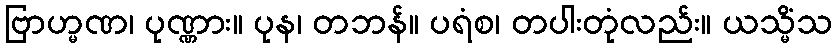
ဗြာဟ္မဏ၊ ပုဏ္ဏား။ ပုန၊ တဘန်။ ပရံစ၊ တပါးတုံလည်း။ ယသ္မိံသ